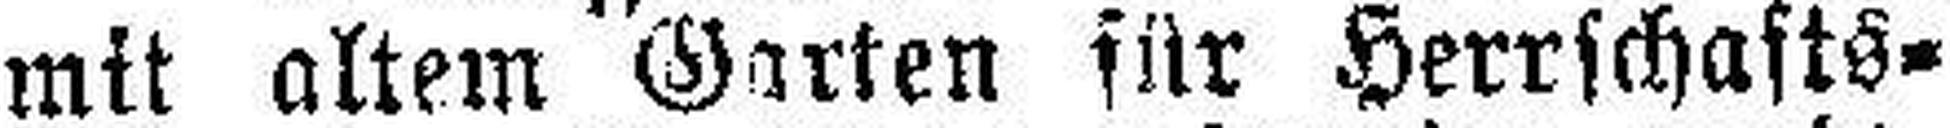
mit altem Garten für Herrschafts¬